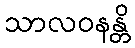
သာလဝနန္တိ